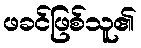
ဖခင်ဖြစ်သူ၏